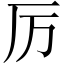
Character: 厉